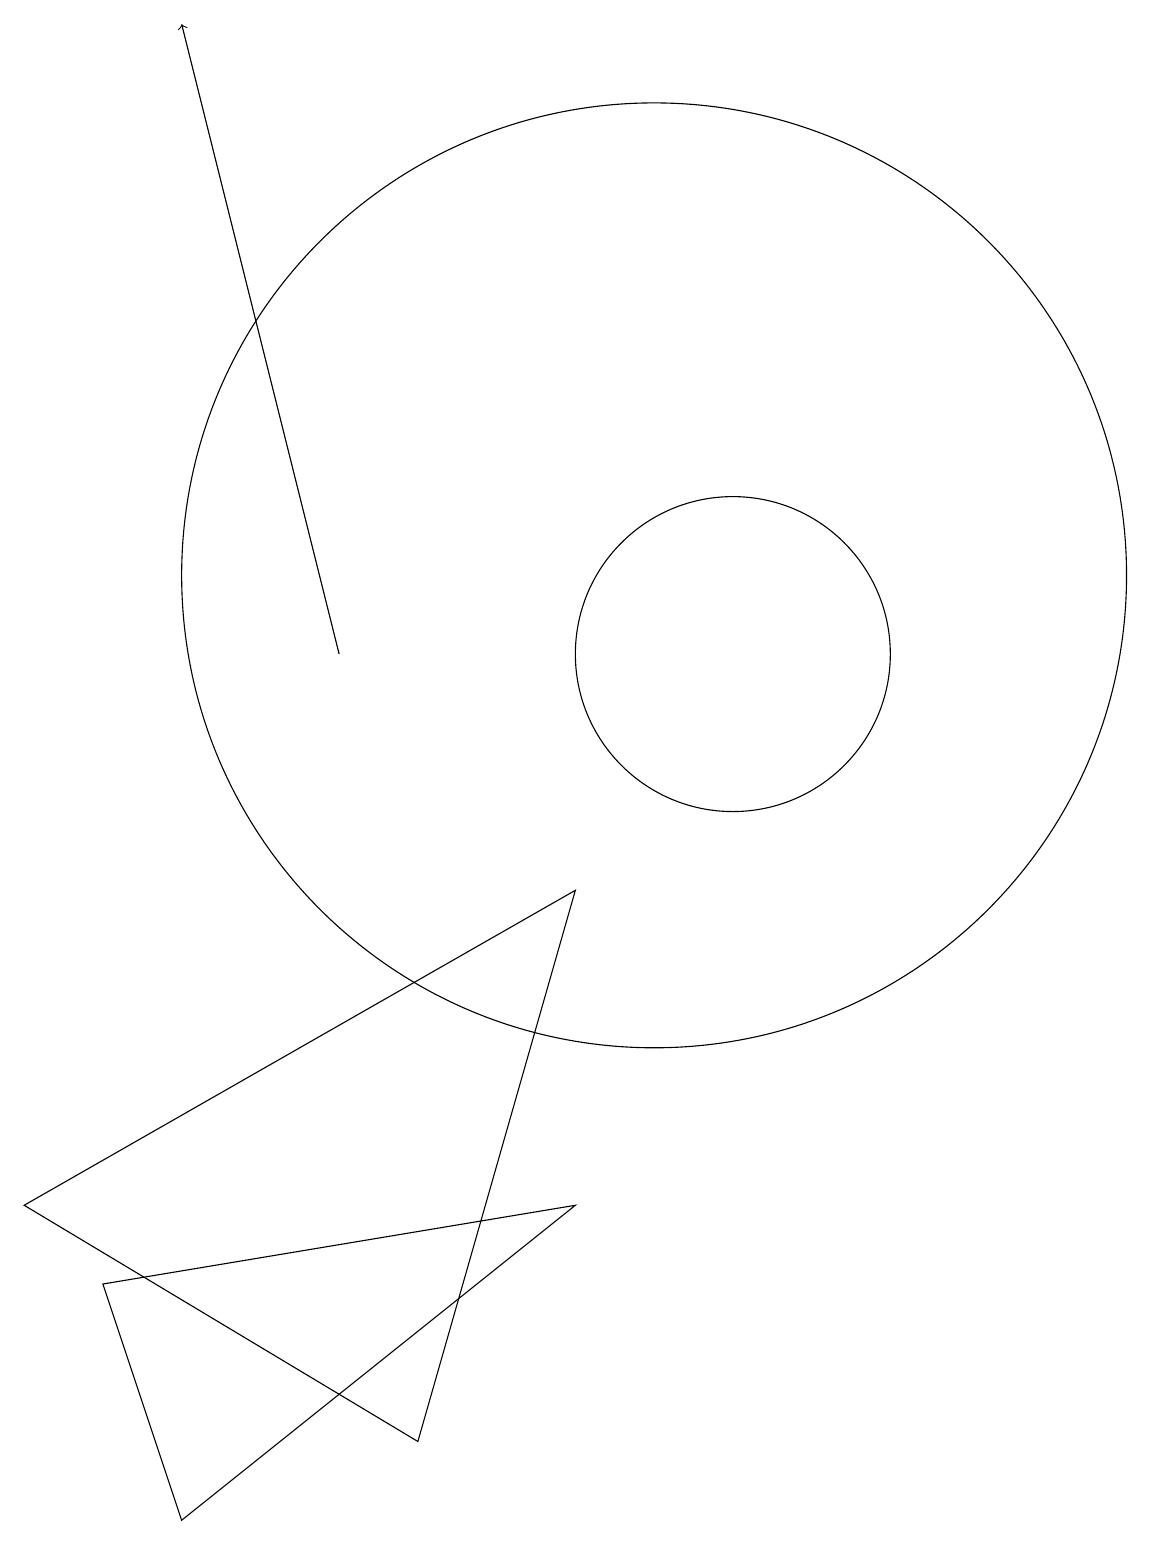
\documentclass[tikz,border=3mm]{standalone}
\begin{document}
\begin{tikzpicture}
\draw (4,0) -- (3,3) -- (9,4) -- cycle;
\draw (7,1) -- (2,4) -- (9,8) -- cycle;
\draw (11,11) circle (2);
\draw[->] (6,11) -- (4,19);
\draw (10,12) circle (6);
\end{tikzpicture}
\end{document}